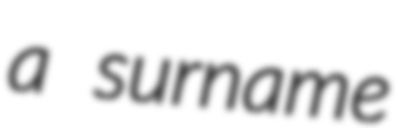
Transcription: a surname